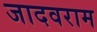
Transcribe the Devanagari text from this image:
जादवराम